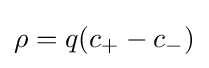
\rho =q(c_{+}-c_{-})